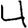
Digit: 4